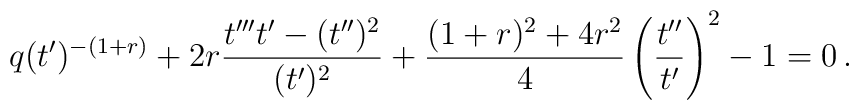
q(t^{\prime})^{-(1+r)}+2r\frac{t^{\prime\prime\prime}t^{\prime}-(t^{\prime\prime})^{2}}{(t^{\prime})^{2}}+\frac{(1+r)^{2}+4r^{2}}{4}\left(\frac{t^{\prime\prime}}{t^{\prime}}\right)^{2}-1=0\, .